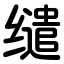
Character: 缱